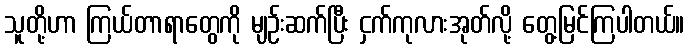
သူတို့ဟာ ကြယ်တာရာတွေကို မျဉ်းဆက်ပြီး ငှက်ကုလားအုတ်လို့ တွေ့မြင်ကြပါတယ်။